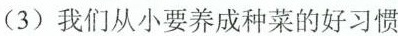
(3)我们从小要养成种菜的好习惯